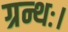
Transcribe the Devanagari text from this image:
ग्रन्थः।